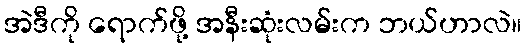
အဲဒီကို ရောက်ဖို့ အနီးဆုံးလမ်းက ဘယ်ဟာလဲ။